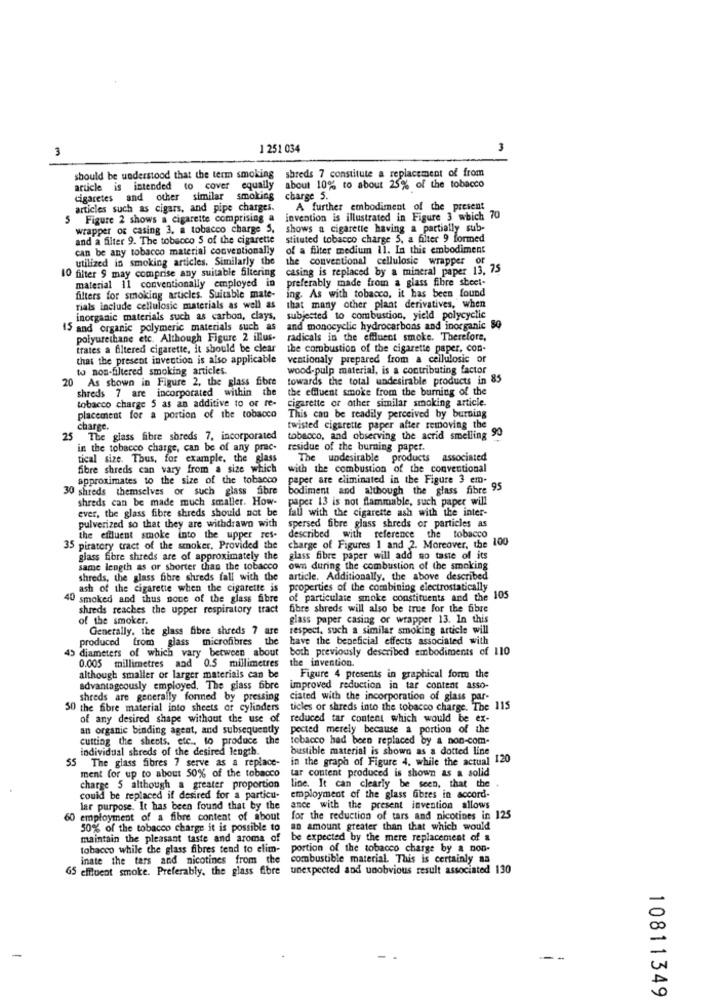
3
1 251 034
3
should be understood that the term smoking shreds 7 constitute a replacement of from
article is intended to cover equally
about 10% to about 25% of the tobacco
cigaretes and other similar smoking
charge 5.
articles such as cigars, and pipe charges.
A further embodiment of the present
5 Figure 2 shows a cigarette comprising a
invention is illustrated in Figure 3 which 70
wrapper of casing 3. a tobacco charge 5,
shows a cigarette having a partially sub-
and a filter 9. The tobacco 5 of the cigarette
stituted tobacco charge 5, a filter 9 formed
can be any tobacco material conventionally
of a filter medium 11. In this embodiment
utilized in smoking articles. Similarly the
the conventional cellulosie wrapper of
10 filter 9 may comprise any suitable filtering
casing is replaced by a mineral paper 13, 75
material 11 conventionally employed in
preferably made from a glass fibre sheet-
filters for smoking articles. Suitable mate-
ing. As with tobacco, it has been found
rials include cellulosic materials as well as
that many other plant derivatives, when
inorganic materials such as carbon, clays,
subjected to combustion, yield polycyclic
15 and organic polymeric materials such as and monocyclic hydrocarbons and inorganic $Q
polyurethane etc. Although Figure 2 illus-
radicals in the effluent smoke. Therefore,
trates a filtered cigarette, it should be clear
the combustion of the cigarette paper, con-
that the present invention is also applicable
ventionaly prepared from a cellulosic or
to non-filtered smoking articles.
wood-pulp material, is a contributing factor
20 As shown in Figure 2, the glass fibre
towards the total undesirable products in 85
shreds 7 are incorporated within the
the effluent smoke from the burning of the
tobacco charge 5 as an additive to or re-
cigarette or other similar smoking article.
placement for a portion of the tobacco
This can be readily perceived by burning
charge.
twisted cigarette paper after removing the
25 The glass fibre shreds 7, incorporated
tobacco, and observing the acrid smelling 90
in the tobacco charge, can be of any prac-
residue of the burning paper.
tical size. Thus, for example, the glass
The undesirable products associated
fibre shreds can vary from a size which
with the combustion of the conventional
approximates to the size of the tobacco
paper are eliminated in the Figure 3 em-
30 shreds themselves or such glass fi
bodiment and although the glass fibre 95
shreds can be made much smaller. How-
paper 13 is not flammable, such paper will
ever, the glass fibre shreds should not be
fall with the cigarette ash with the inter-
pulverized so that they are withdrawn with
spersed fibre glass shreds or particles as
the effluent smoke into the upper res-
described with reference the tobacco
35 piratory tract of the smoker, Provided the
charge of Figures 1 and 2. Moreover, the 100
glass fibre shreds are of approximately the
glass fibre paper will add no taste of its
same length as or shorter than the tobacco
own during the combustion of the smoking
shreds, the glass fibre shreds fall with the article. Additionally, the above described
ash of the cigarette when the cigarette is properties of the combining electrostatically
40 smoked and thus none of the glass fibre
of particulate smoke constituents and the 105
shreds reaches the upper respiratory tract
fibre shreds will also be true for the fibre
of the smoker.
glass paper casing or wrapper 13. In this
Generally, the glass fibre shreds 7 are
respect, such a similar smoking article will
produced from glass microfibres
the
have the beneficial effects associated with
45 diameters of which vary between about both previously
both previously described embodiments of 110
the invention.
0.005 millimetres and 0.5 millimetres
although smaller or larger materials can be
Figure 4 presents in graphical form the
advantageously employed, The glass fibre
improved reduction in tar content asso-
shreds are generally forned by pressing
ciated with the incorporation of glass par-
50 the fibre material into sheets of cylinders
ticles or shreds into the tobacco charge. The 115
of any desired shape without the use of
reduced tar content which would be ex-
an organic binding agent, and subsequently
pected merely because a portion of the
cutting the sheets, etc .. to produce the
tobacco had been replaced by & non-com.
individual shreds of the desired length.
bustible material is shown as a dotted line
in the graph of Figure 4. while the actual 120
55 The glass fibres 7 serve as a replace-
ment for up to about 50% of the tobacco
tar content produced is shown as a solid
charge 5 although a greater proportion
line. It can clearly be seen, that the
could be replaced if desired for a particu-
employment of the glass fibres in accord-
lar purpose. It has been found that by the
ance with the present invention allows
60 employment of a fibre content of about
for the reduction of tars and nicotines in 125
50% of the tobacco charge it is possible to
an amount greater than that which would
maintain the pleasant taste and aroma of
be expected by the mere replacement of a
tobacco while the glass fibres tend to elim-
portion of the tobacco charge by a non-
inate the tars and nicotines from the
combustible material. This is certainly aa
65 effluent smoke. Preferably, the glass fibre
unexpected and unobvious result associated 130
10811349